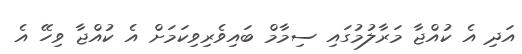
އަދި އެ ކުއްޖާ މަރާލުމުގައި ސިމާމް ބައިވެރިވިކަމަށް އެ ކުއްޖާ ވިހޭ އެ